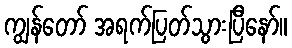
ကျွန်တော် အရက်ပြတ်သွားပြီနော်။